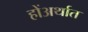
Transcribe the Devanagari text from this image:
होंअर्थात